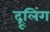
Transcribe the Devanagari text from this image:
द्रूलिंग